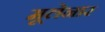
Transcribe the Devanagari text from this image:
मूलेनार